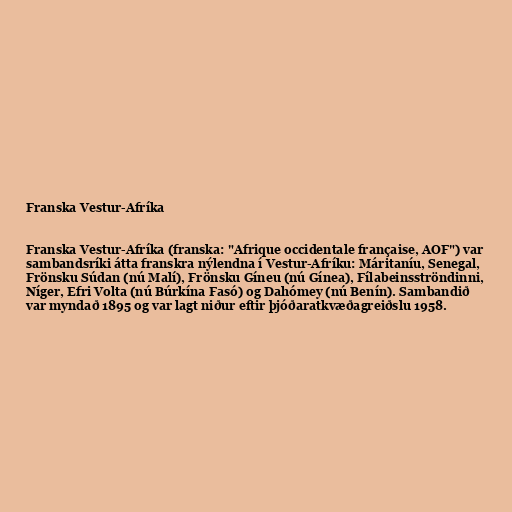
Franska Vestur-Afríka

Franska Vestur-Afríka (franska: "Afrique occidentale française, AOF") var
sambandsríki átta franskra nýlendna í Vestur-Afríku: Máritaníu, Senegal,
Frönsku Súdan (nú Malí), Frönsku Gíneu (nú Gínea), Fílabeinsströndinni,
Níger, Efri Volta (nú Búrkína Fasó) og Dahómey (nú Benín). Sambandið
var myndað 1895 og var lagt niður eftir þjóðaratkvæðagreiðslu 1958.